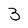
Character: 3